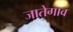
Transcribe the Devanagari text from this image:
जातेगाव